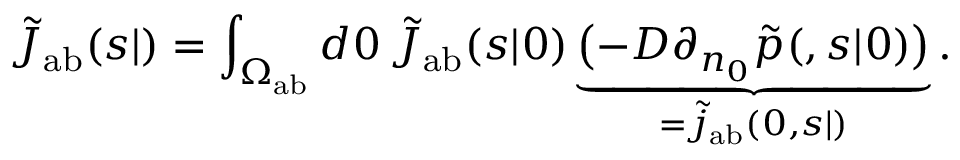
\tilde { J } _ { \mathrm { { a b } } } ( s | \r ) = \int _ { \Omega _ { \mathrm { { a b } } } } d \r _ { 0 } \, \tilde { J } _ { \mathrm { { a b } } } ( s | \r _ { 0 } ) \underbrace { \bigl ( - D \partial _ { n _ { 0 } } \tilde { p } ( \r , s | \r _ { 0 } ) \bigr ) } _ { = \tilde { j } _ { \mathrm { { a b } } } ( \r _ { 0 } , s | \r ) } .